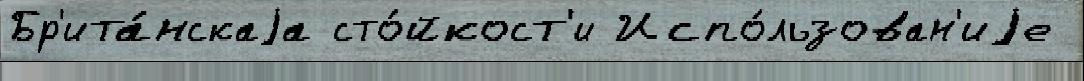
Бр'ита́нскаjа сто́йкост'и Испо́льзован'иjе